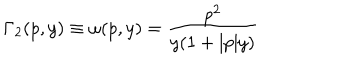
\Gamma _ { 2 } ( p , y ) \equiv \omega ( p , y ) = \frac { p ^ { 2 } } { y ( 1 + | p | y ) }